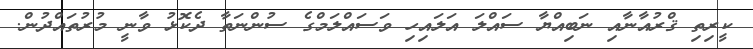
ކީރިތި ޤްރުއާނާއި ނަބިއްޔާ ސައްލަ އަލައިހި ވަސައްލަމްގެ ސުންނަތާ ދެކޮޅު ވާނީ މުރުތައްދުން.